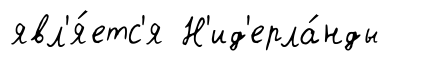
явл'я́етс'я Н'ид'ерла́нды